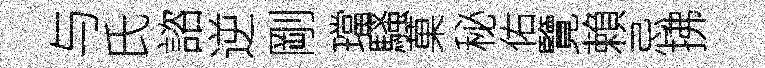
与氏諮逆剛璫騷菓秘佑覽賴忌拂